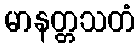
မာနတ္တသတံ